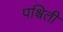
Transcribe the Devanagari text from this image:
पश्चिती